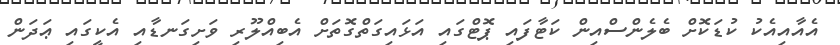
އެއާއިއެކު ކުޑަކޮށް ބެލެންސްއިން ކަޓާފައި ޕޮޓްގައި އަޅައިގަތްގޮތަށް އެބިއްލޫރި ވަށިގަނޑާއި އެކީގައި ޢަދަން